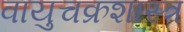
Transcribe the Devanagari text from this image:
वायुचक्रशास्त्र